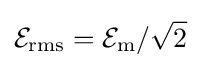
{\mathcal {E}}_{\mathrm {rms} }={\mathcal {E}}_{\mathrm {m} }/{\sqrt {2}}\,\!